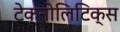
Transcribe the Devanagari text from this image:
टेक्नोलिटिक्स